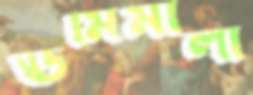
ঊর্মিমালা